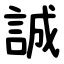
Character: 誠